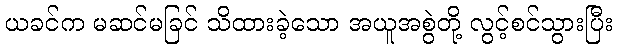
ယခင်က မဆင်မခြင် သိထားခဲ့သော အယူအစွဲတို့ လွင့်စင်သွားပြီး